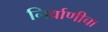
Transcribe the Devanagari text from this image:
निर्वाणीचा